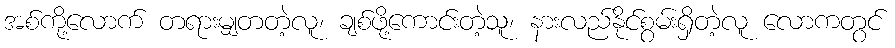
အစ်ကို့လောက် တရားမျှတတဲ့လူ၊ ချစ်ဖို့ကောင်းတဲ့သူ၊ နားလည်နိုင်စွမ်းရှိတဲ့လူ လောကတွင်